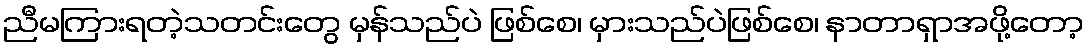
ညီမကြားရတဲ့သတင်းတွေ မှန်သည်ပဲ ဖြစ်စေ၊ မှားသည်ပဲဖြစ်စေ၊ နာတာရှာအဖို့တော့